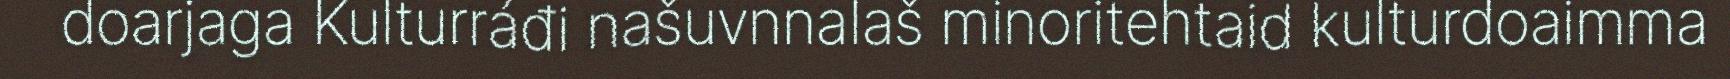
doarjaga Kulturráđi našuvnnalaš minoritehtaid kulturdoaimma